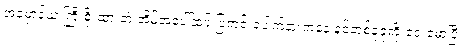
အမှောင်ယံ ကြီးစိုးထားတဲ အိမ်အပေါ်ထပ် ပြတင်းပေါက်နားကနေ နင်တစ်ခုခုကို ငေးမောပြီ